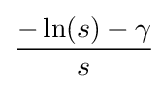
{\frac {-\ln(s)-\gamma }{s}}